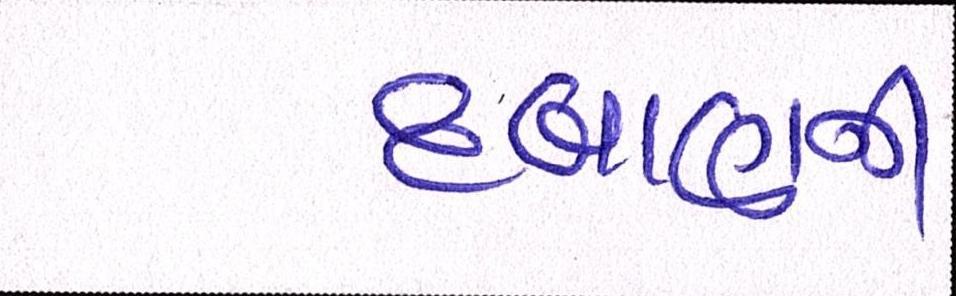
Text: દબાણની